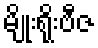
မျိုးရိုးဗီဇ